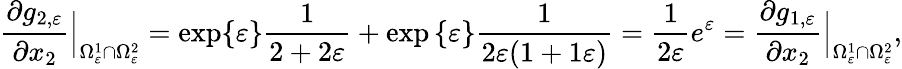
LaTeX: \frac{\partial g_{2,\varepsilon}}{\partial x_{2}}\Big|_{\Omega_{\varepsilon}^{1}\cap\Omega_{\varepsilon}^{2}}=\exp\{ \varepsilon\} \frac{1}{2+2\varepsilon}+\exp\left\{ \varepsilon\right\} \frac{1}{2\varepsilon(1+1\varepsilon)}=\frac{1}{2\varepsilon}e^{\varepsilon}=\frac{\partial g_{1,\varepsilon}}{\partial x_{2}}\Big|_{\Omega_{\varepsilon}^{1}\cap\Omega_{\varepsilon}^{2}},